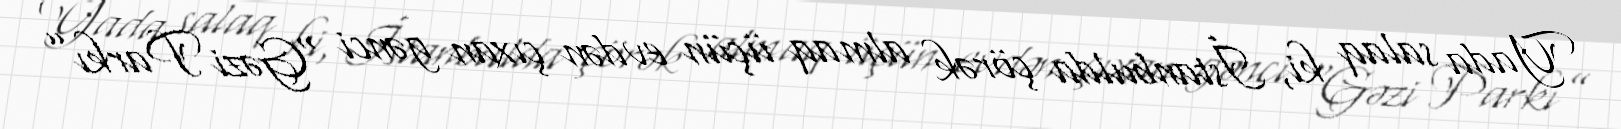
Yada salaq ki, İstanbulda çörək almaq üçün evdən çıxan gənci “Gəzi Parkı”